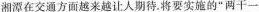
湘潭在交通方面越来越让人期待.将要实施的”两干一